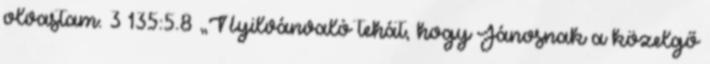
olvastam. 3 135:5.8 „Nyilvánvaló tehát, hogy Jánosnak a közelgő